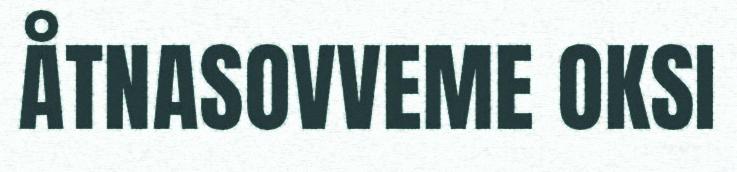
ÅTNASOVVEME OKSI